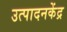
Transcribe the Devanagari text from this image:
उत्पादनकेंद्र